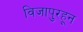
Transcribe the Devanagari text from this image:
विजापुरहून